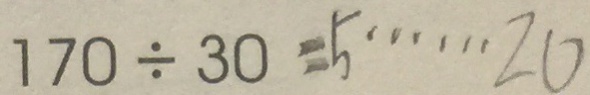
1 7 0 \div 3 0 = 5 \cdots 2 0